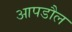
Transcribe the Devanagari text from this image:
आपडौल